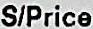
S/PRICE